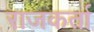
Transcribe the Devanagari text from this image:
राजकर्ता